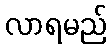
လာရမည်